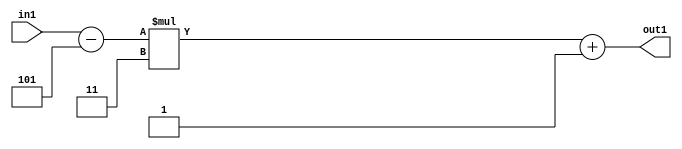
`timescale 1ps / 1ps
/*****************************************************************************
    Verilog RTL Description
    
    
    Created by: Stratus DpOpt 21.05.01 
*******************************************************************************/

module SobelFilter_Add2i1Mul2i3Subi5s6_1 (
	in1,
	out1
	); /* architecture "behavioural" */ 
input [5:0] in1;
output [5:0] out1;
wire [5:0] asc001,
	asc002;

assign asc002 = 
	+(in1)
	-(6'B000101);

wire [5:0] asc001_tmp_0;
assign asc001_tmp_0 = 
	+(asc002 * 6'B000011);
assign asc001 = asc001_tmp_0
	+(6'B000001);

assign out1 = asc001;
endmodule

/* CADENCE  uLP0SQw= : u9/ySxbfrwZIxEzHVQQV8Q== ** DO NOT EDIT THIS LINE ******/